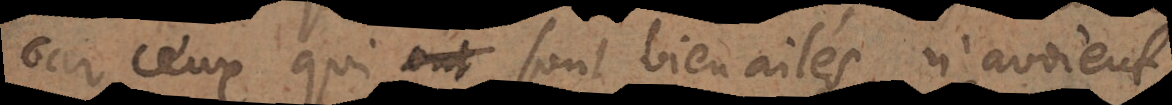
car ceux qui sont bien ailés n’avoient